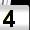
Digit: 4